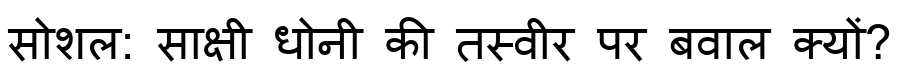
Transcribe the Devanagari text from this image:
सोशल: साक्षी धोनी की तस्वीर पर बवाल क्यों?